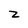
Character: Z